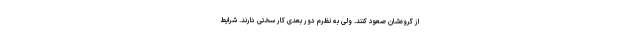
از گروه‌شان صعود کنند. ولی به نظرم دور بعدی کار سختی دارند. شرایط